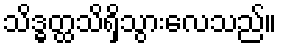
သိဒ္ဓတ္ထသိရှိသွားလေသည်။